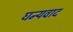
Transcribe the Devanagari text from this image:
घन्यवाद